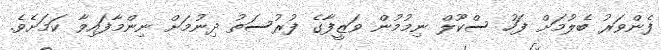
ފެންވަރު ބެލުމަށް ފަހު ސްކޫލް ނިމުމުން ވަޒީފާގެ ފުރުސަތު ދިނުމަށް ނިންމާފައިވާ ކަމަށެވެ.